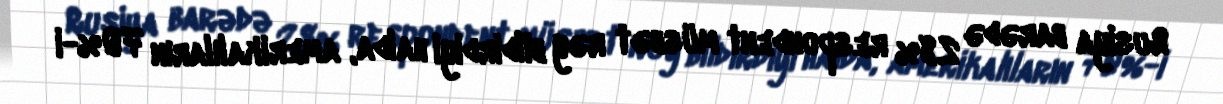
Rusiya barədə 28% respondent müsbət rəy bildirdiyi halda, amerikalıların 70%-i